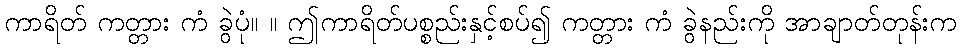
ကာရိတ် ကတ္တား ကံ ခွဲပုံ။ ။ ဤကာရိတ်ပစ္စည်းနှင့်စပ်၍ ကတ္တား ကံ ခွဲနည်းကို အာချာတ်တုန်းက